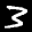
Digit: 3